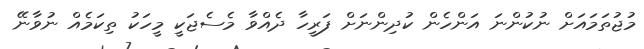
މުޖުތަމައަށް ނުކުންނަ އަންހެން ކުދިންނަށް ފަރީހާ ދެއްވާ މެސެޖަކީ މީހަކު ތިކަމެއް ނުވާނޭ